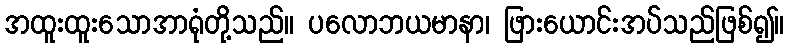
အထူးထူးသောအာရုံတို့သည်။ ပလောဘယမာနာ၊ ဖြားယောင်းအပ်သည်ဖြစ်၍။